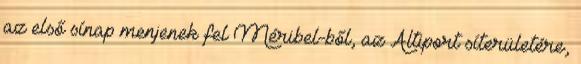
az első sínap menjenek fel Méribel-ből, az Altiport síterületére,